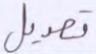
تعديل